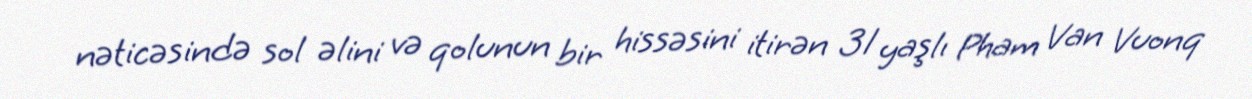
nəticəsində sol əlini və qolunun bir hissəsini itirən 31 yaşlı Pham Van Vuonq